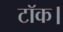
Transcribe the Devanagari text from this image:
टॉक।